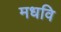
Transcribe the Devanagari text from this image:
मधवि